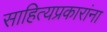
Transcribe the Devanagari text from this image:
साहित्यप्रकारांना